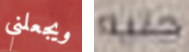
ويجعلني جنيه